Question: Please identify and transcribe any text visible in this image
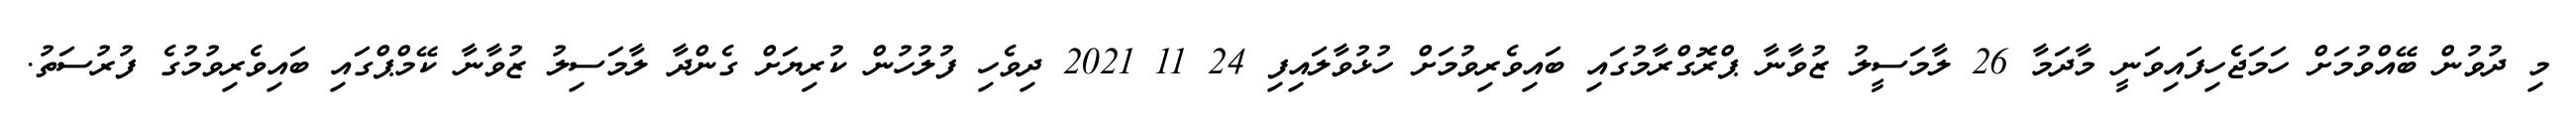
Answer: މި ދުވުން ބޭއްވުމަށް ހަމަޖެހިފައިވަނީ މާދަމާ 26 ލާމަސީލު ޒުވާނާ ޕްރޮގްރާމުގައި ބައިވެރިވުމަށް ހުޅުވާލައިފި 24 11 2021 ދިވެހި ފުލުހުން ކުރިޔަށް ގެންދާ ލާމަސިލު ޒުވާނާ ކޭމްޕްގައި ބައިވެރިވުމުގެ ފުރުސަތު.